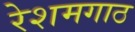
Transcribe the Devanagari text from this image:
रेशमगाठ